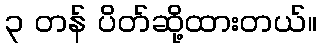
၃ တန် ပိတ်ဆို့ထားတယ်။